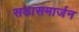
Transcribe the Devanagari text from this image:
सडासमार्जन